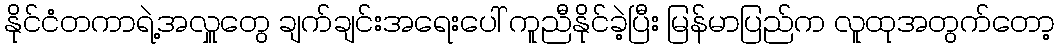
နိုင်ငံတကာရဲ့အလှူတွေ ချက်ချင်းအရေးပေါ် ကူညီနိုင်ခဲ့ပြီး မြန်မာပြည်က လူထုအတွက်တော့